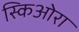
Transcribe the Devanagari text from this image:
स्किओरा